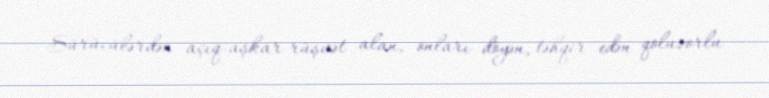
Sürücülərdən açıq-aşkar rüşvət alan, onları döyən, təhqir edən qoluzorlu